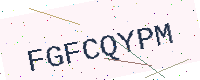
Text: FGFCQYPM